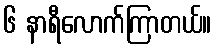
၆ နာရီလောက်ကြာတယ်။